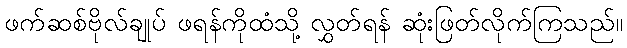
ဖက်ဆစ်ဗိုလ်ချုပ် ဖရန်ကိုထံသို့ လွှတ်ရန် ဆုံးဖြတ်လိုက်ကြသည်။